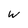
Character: W